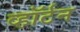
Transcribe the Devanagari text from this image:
व्हॉर्टन